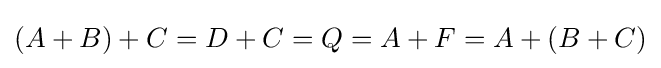
(A+B)+C=D+C=Q=A+F=A+(B+C)